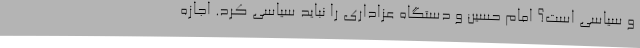
و سیاسی است؟ امام حسین و دستگاه عزاداری را نباید سیاسی کرد. اجازه